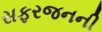
સફરજનની